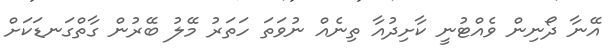
އޭނާ ދޯނިން ވެއްޓުނީ ކާށިދުއާ ތިނެއް ނުވަތަ ހަތަރު މޭލު ބޭރުން ގާތްގަނޑަކަށް